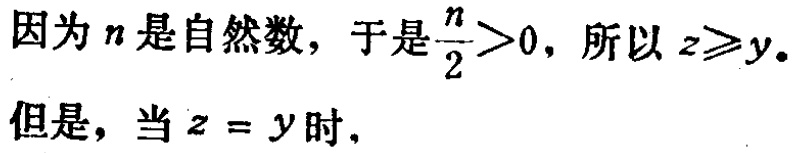
因为 \(n\) 是自然数，于是 \(\frac{n}{2}>0\)，所以 \(z\geqslant y\)。
但是，当 \(z = y\) 时，